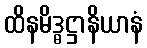
ထိနမိဒ္ဓဋ္ဌာနိယာနံ